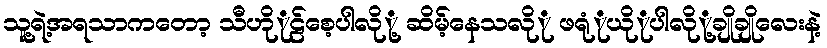
သူ့ရဲ့အရသာကတော့ သီဟိုုဠ်စေ့ပါလိုု့ ဆိမ့်နေသလိုု ဖရုုံယိုုပါလိုု့ချိုချိုလေးနဲ့